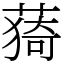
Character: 𦸒